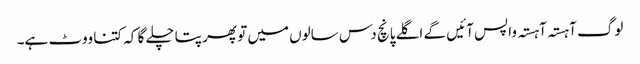
لوگ آہستہ آہستہ واپس آئیں گے اگلے پانچ دس سالوں میں تو پھر پتا چلے گا کہ کتنا ووٹ ہے۔